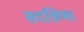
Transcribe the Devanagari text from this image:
सदश्रिणा